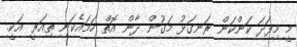
މީ މިފަދަ ކަންކަން ރަނގަޅު މަގުން ދާން އޮތް ހަމައެކަނި ތިއަރީ އަކީ.